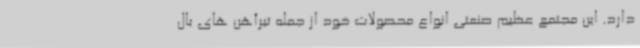
دارد. این مجتمع عظیم صنعتی انواع محصولات خود از جمله تیرآهن های بال